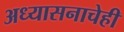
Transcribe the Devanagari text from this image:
अध्यासनाचेही